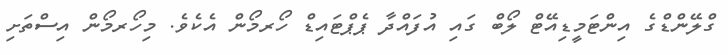
ގްލޭންޑްގެ އިންޓަމީޑިއޭޓް ލޯބް ގައި އުފައްދާ ޕެޕްޓައިޑް ހޯރމޯން އެކެވެ. މިހޯރމޯން އިސްތަށި